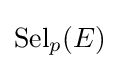
\operatorname {Sel} _{p}(E)